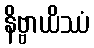
နိဗ္ဗာယိဿံ